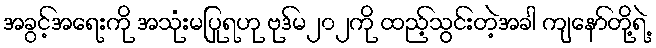
အခွင့်အရေးကို အသုံးမပြုရဟု ဗုဒ်မ၂၀၂ကို ထည့်သွင်းတဲ့အခါ ကျနော်တို့ရဲ့